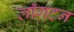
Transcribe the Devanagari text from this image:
लाँगटन